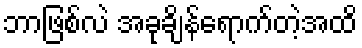
ဘာဖြစ်လဲ အခုချိန်ရောက်တဲ့အထိ